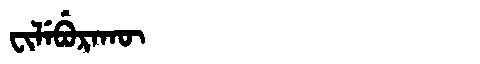
Manchu: ᠸᡳᠯᡝᠪᡠᡵᠠᡴᡡ
Romanization: FILEBURAKŪ